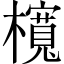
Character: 𣟂